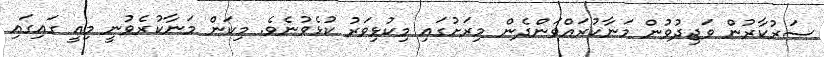
ސަރުކާރުން ވަޖިދުވުން މަނާކުރައްވަންދެން މިރަށުގައި މިކުޅިވަރު ކުޅެވުނެވެ. މިކަން މަނާކުރެވުނީ މިއީ ގައިގައި